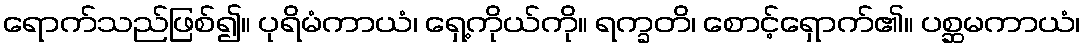
ရောက်သည်ဖြစ်၍။ ပုရိမံကာယံ၊ ရှေ့ကိုယ်ကို။ ရက္ခတိ၊ စောင့်ရှောက်၏။ ပစ္ဆမကာယံ၊